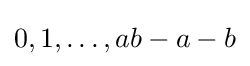
0,1,\ldots ,ab-a-b